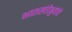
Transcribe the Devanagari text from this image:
भातखंडेबुवांचे